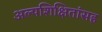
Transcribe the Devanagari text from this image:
अल्पशिक्षितांसह